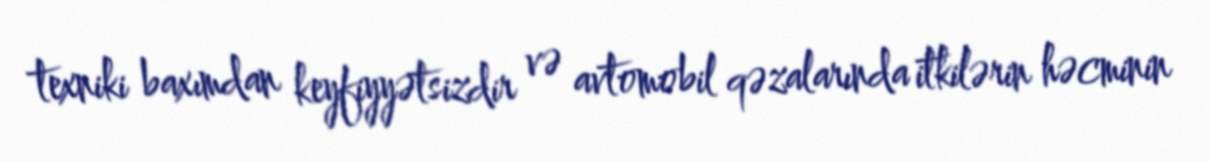
texniki baxımdan keyfiyyətsizdir və avtomobil qəzalarında itkilərin həcminin